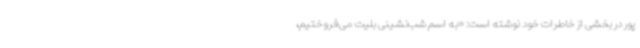
پور در بخشی از خاطرات خود نوشته است: «به اسم شب‌نشینی بلیت می‌فروختیم،